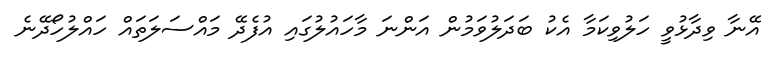
އޭނާ ވިދާޅުވީ ހަލުވިކަމާ އެކު ބަދަލުވަމުން އަންނަ މާހައުލުގައި އުފެދޭ މައްސަލަތައް ހައްލުހޯދޭނެ